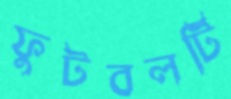
ফুটবলটি